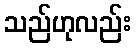
သည်ဟုလည်း